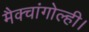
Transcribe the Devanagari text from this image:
मैक्चांगोल्ही।